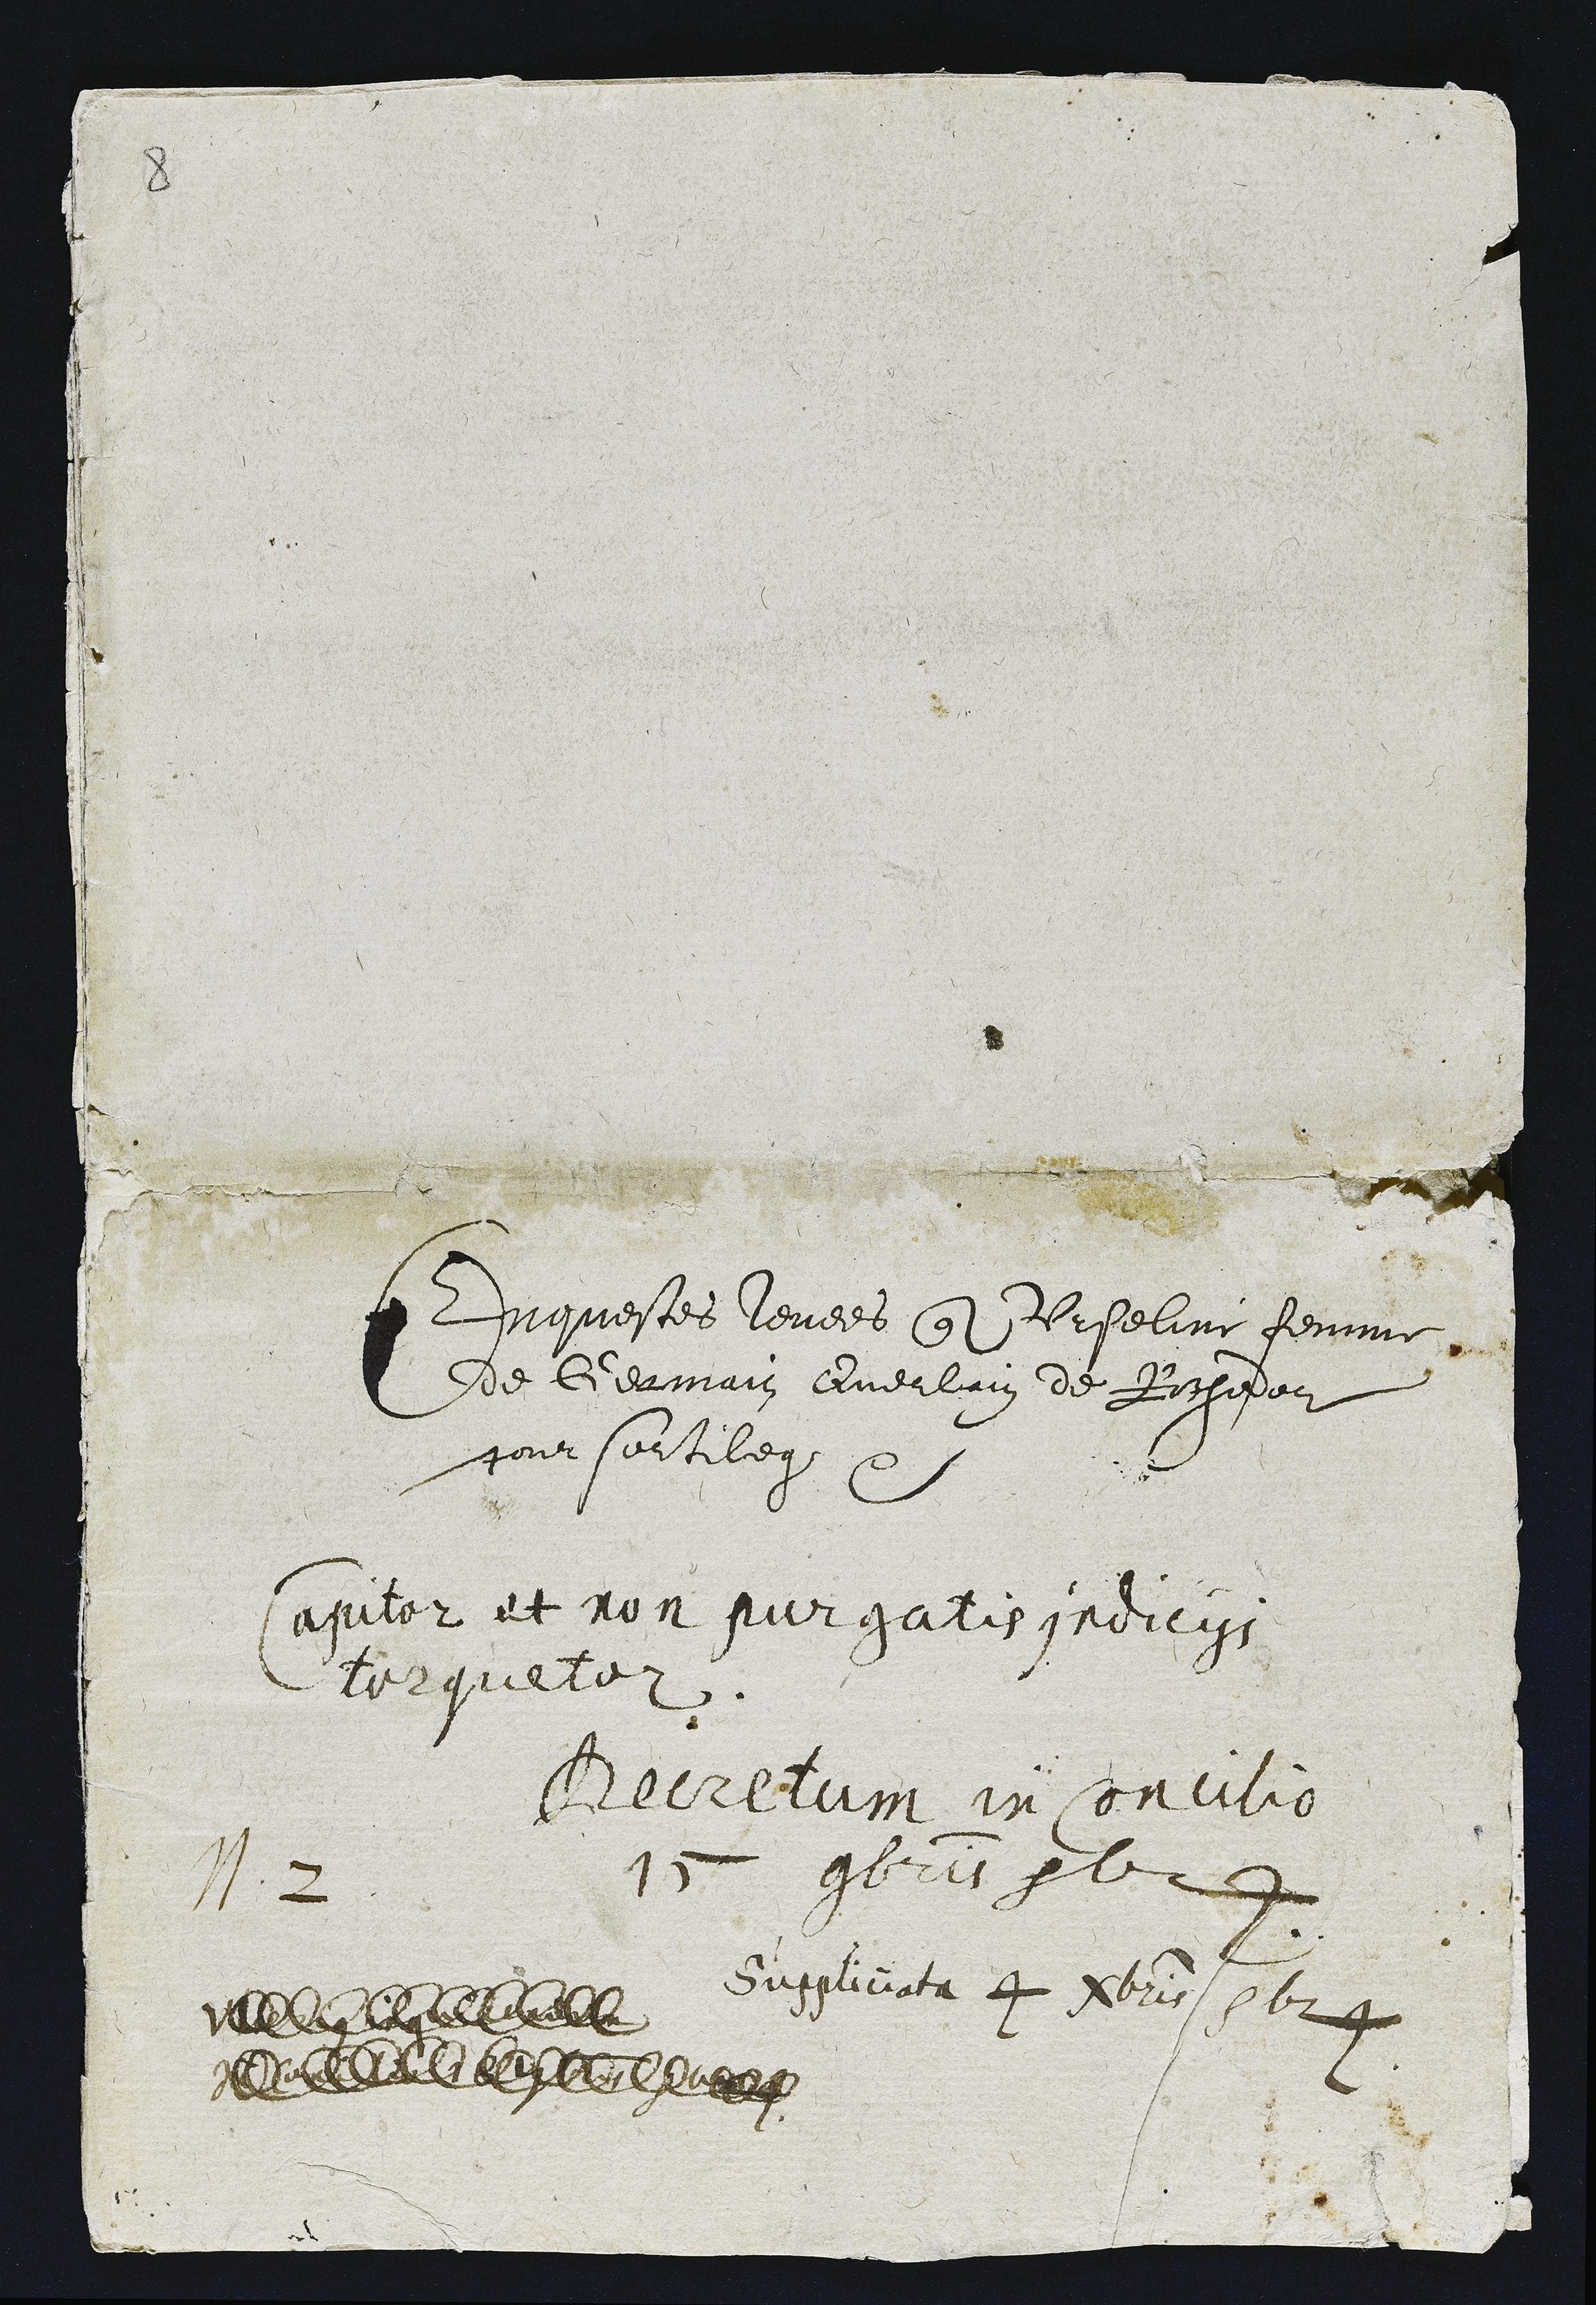
N.2

Duquestes levees qounte Urseline femme
de Germain Querlain de Rochedor
pour sortilege t

apiter et non purgatis indicys
torqueler.

Becretum in Concilio
15 9brieb

Suspliciata 4 Abris o624